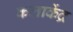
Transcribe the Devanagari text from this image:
कलाकेंद्र